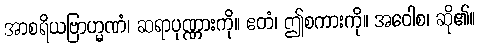
အာစရိယဗြာဟ္မဏံ၊ ဆရာပုဏ္ဏားကို။ ဧတံ၊ ဤစကားကို။ အဝေါစ၊ ဆို၏။